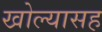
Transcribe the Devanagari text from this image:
खोल्यासह